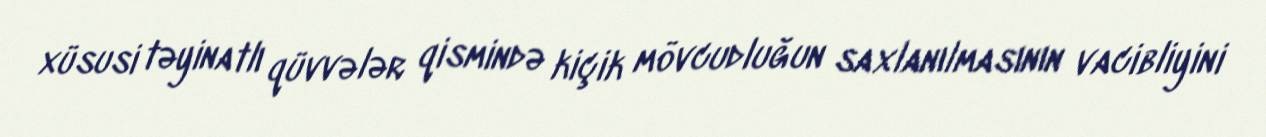
xüsusi təyinatlı qüvvələr qismində kiçik mövcudluğun saxlanılmasının vacibliyini